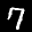
Label: 7